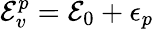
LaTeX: {\cal E}_{v}^{p}={\cal E}_{0}+\epsilon_{p}